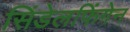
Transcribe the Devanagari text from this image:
सिंडेलफिंगेन